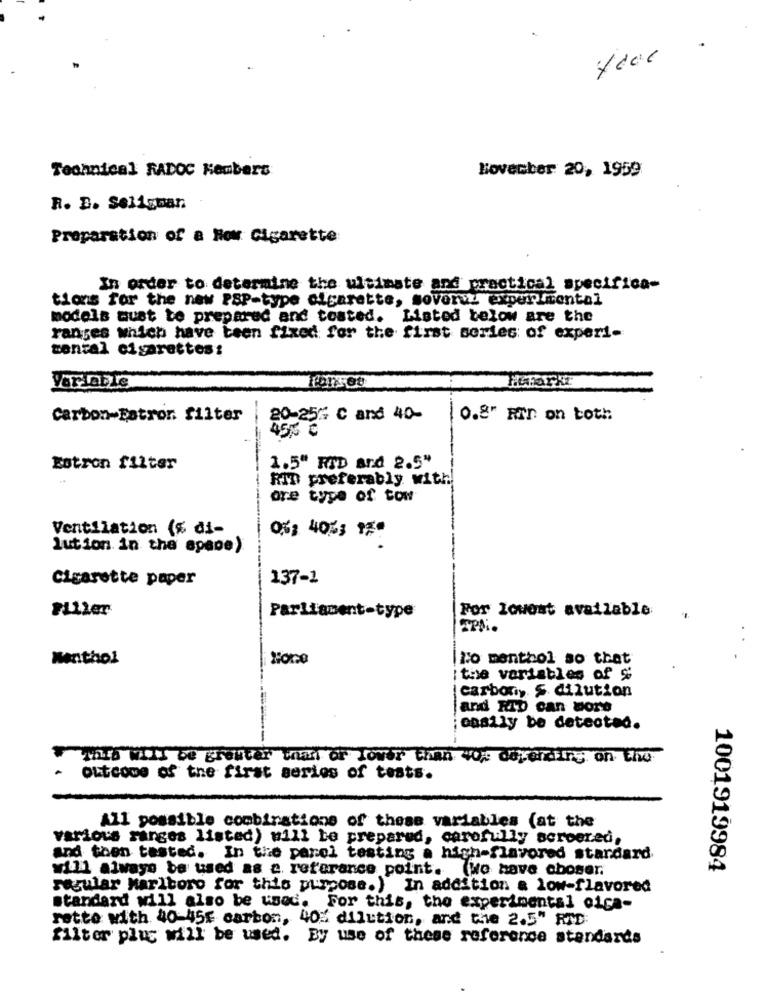
Technical RADOC Kembers
November 20, 1959
R. B. Seligman
Preparation of a How Cigarette
In order to determine the ultimate and practical specifica-
tions for the new PSP-type cigarette, sovervz experi ental
models must to prepared and tosted. Listed below are the
ranges which have been fixed for the first series of experi-
mental cigarettes:
HEFarkt
Variable
Carbon-Fatror. filter
20-256 C and 40-
0.8" Hn on both
455 ℃
Eotron filter
1.5" RID and 2.5"
RID preferably with
ore type of tow
Ventilation ($ di-
0%: 4053 35
lution in the space)
Cigarette paper
137-1
Filler
For lowest available
Parliament-type
TPMi.
Menthol
No menthol so that
the variables of $
|carbon, S dilution
and RID can Dore
easily be detected.
with will be greater than or lower than wop depending on the
outcowe of the first series of tests.
All possible combinations of these variables (at the
various ranges listed) will be prepared, carefully scroered,
and then tasted. In the parel testing a high-flavored standard
will always be used as a reference point. We have chosen.
1001919984
regular Marlboro for this purpose.) In addition & low-flavored
standard will also be used. For this, the experimental oica-
rette with 40-45€ carbon, 40% dilution, and the 2.5" RID:
filter plus will be used. By use of these reference standards